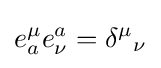
e_{a}^{\mu }e_{\nu }^{a}=\delta ^{\mu }{}_{\nu }